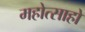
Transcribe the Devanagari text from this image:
महोत्साहो